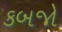
કબજો